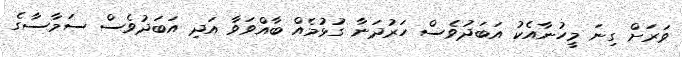
ވަރަށް ގިނަ މީހުނާއެކު އަބަދުވެސް ހަރުދަނާ ގުޅުމެއް ބާއްވަވާ އަދި އަބަދުވެސް ސަމާސާގެ